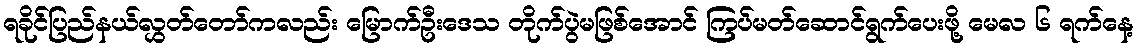
ရခိုင်ပြည်နယ်လွှတ်တော်ကလည်း မြောက်ဦးဒေသ တိုက်ပွဲမဖြစ်အောင် ကြပ်မတ်ဆောင်ရွက်ပေးဖို့ မေလ ၆ ရက်နေ့